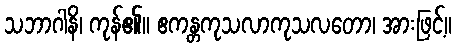
သဘာဂါနိ၊ ကုန်၏။ ဧကန္တကုသလာကုသလတော၊ အားဖြင့်။